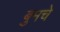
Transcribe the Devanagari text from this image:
बुमचे